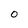
Character: 0